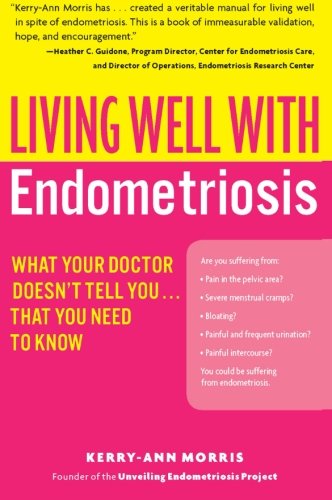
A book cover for Living Well with Endometriosis: What Your Doctor Doesn't Tell You...That You Need to Know (Living Well (Collins)); Kerry-Ann Morris; Health, Fitness & Dieting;